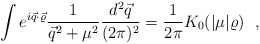
\begin{align*}\int e^{i\vec q\cdot\vec \varrho} \frac{1}{\vec q^2 + \mu ^2} \frac{d^2 \vec q}{(2\pi)^2} =\frac{1}{2\pi} K_0(|\mu|\varrho)~~,\end{align*}